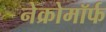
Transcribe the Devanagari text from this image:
नेक्रोमॉर्फ